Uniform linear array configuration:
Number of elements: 24
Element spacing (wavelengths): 0.75
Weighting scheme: cosine
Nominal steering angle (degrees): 30
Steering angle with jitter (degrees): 29.883
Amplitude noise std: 0.05
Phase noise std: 0.05

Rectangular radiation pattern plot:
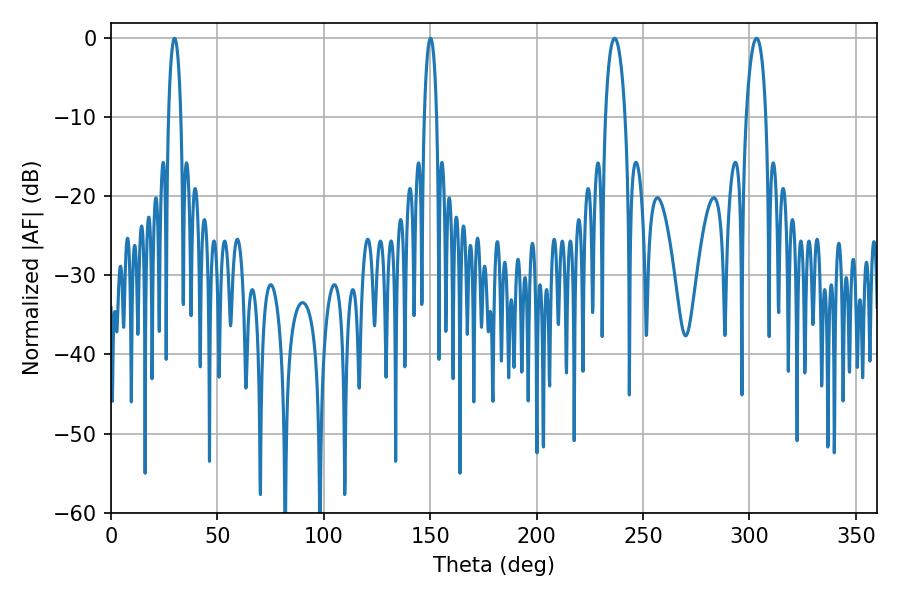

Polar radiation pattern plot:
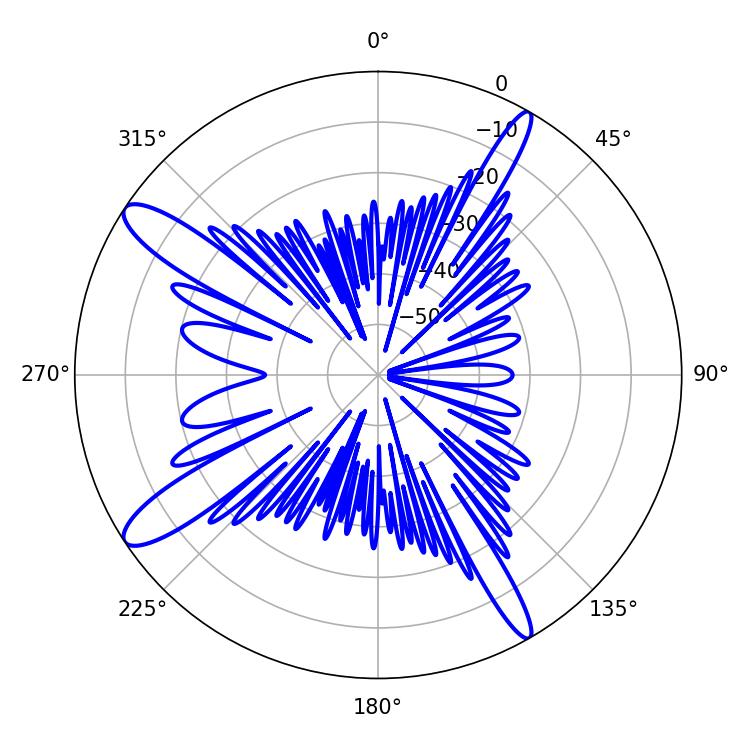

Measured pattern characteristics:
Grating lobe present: TRUE
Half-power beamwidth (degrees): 3.24
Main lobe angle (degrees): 29.88